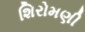
શિરોમણી